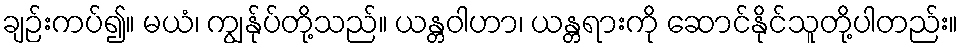
ချဉ်းကပ်၍။ မယံ၊ ကျွန်ုပ်တို့သည်။ ယန္တဝါဟာ၊ ယန္တရားကို ဆောင်နိုင်သူတို့ပါတည်း။